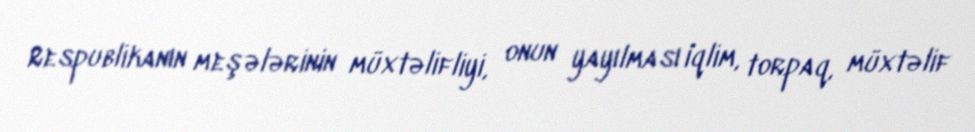
Respublikanın meşələrinin müxtəlifliyi, onun yayılması iqlim, torpaq, müxtəlif